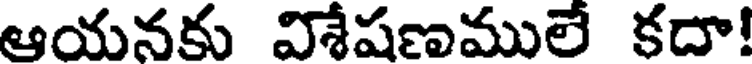
ఆయనకు విశేషణములే కదా!